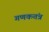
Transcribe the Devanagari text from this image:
गणकतंत्र